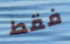
فقط